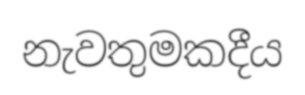
නැවතුමකදීය